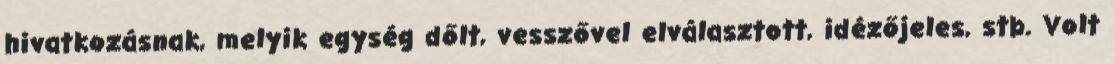
hivatkozásnak, melyik egység dőlt, vesszővel elválasztott, idézőjeles, stb. Volt